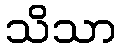
သိသာ